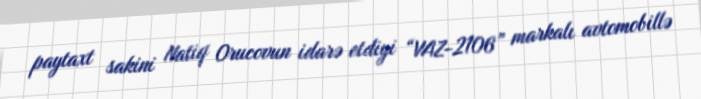
paytaxt sakini Natiq Orucovun idarə etdiyi “VAZ-2106” markalı avtomobillə